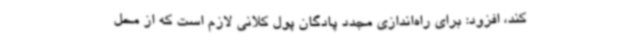
کند، افزود: برای راه‌اندازی مجدد پادگان پول کلانی لازم است که از محل